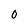
Character: 0